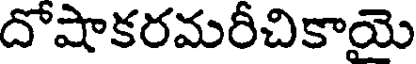
దోషాకరమరీచికాయై